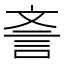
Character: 𣁎